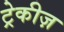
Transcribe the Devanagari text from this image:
ट्रेकीज़